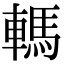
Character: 𨎇